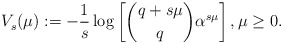
\begin{align*}V_s^{}(\mu):=-\frac{1}{s} \log \left[\binom{q+s\mu}{q}\alpha^{s \mu}\right],\mu\geq 0.\end{align*}